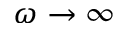
{ \omega \to \infty }